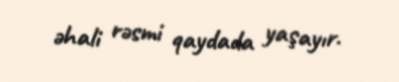
əhali rəsmi qaydada yaşayır.